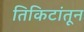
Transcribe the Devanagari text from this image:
तिकिटांतून